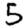
Digit: 5